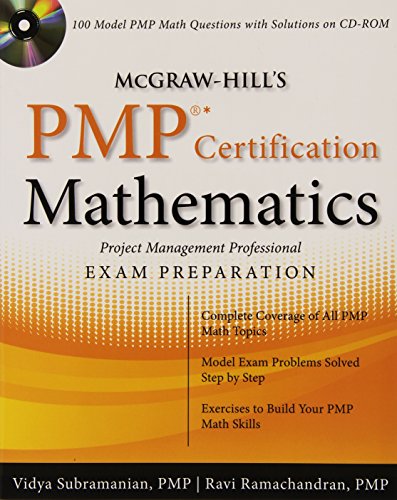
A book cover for McGraw-Hill's PMP Certification Mathematics with CD-ROM; Vidya Subramanian; Test Preparation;